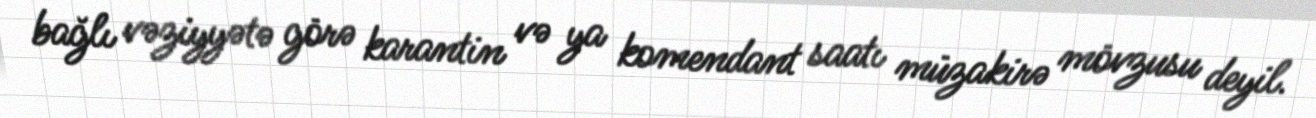
bağlı vəziyyətə görə karantin və ya komendant saatı müzakirə mövzusu deyil.